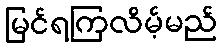
မြင်ရကြလိမ့်မည်